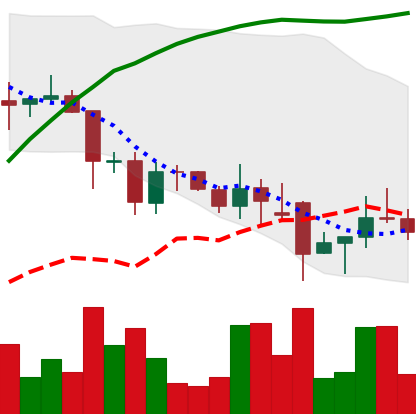
Ticker: DOGE-USD
Chart end date: 2021-12-01
Forward return: -14.84%
Label: down_7plus